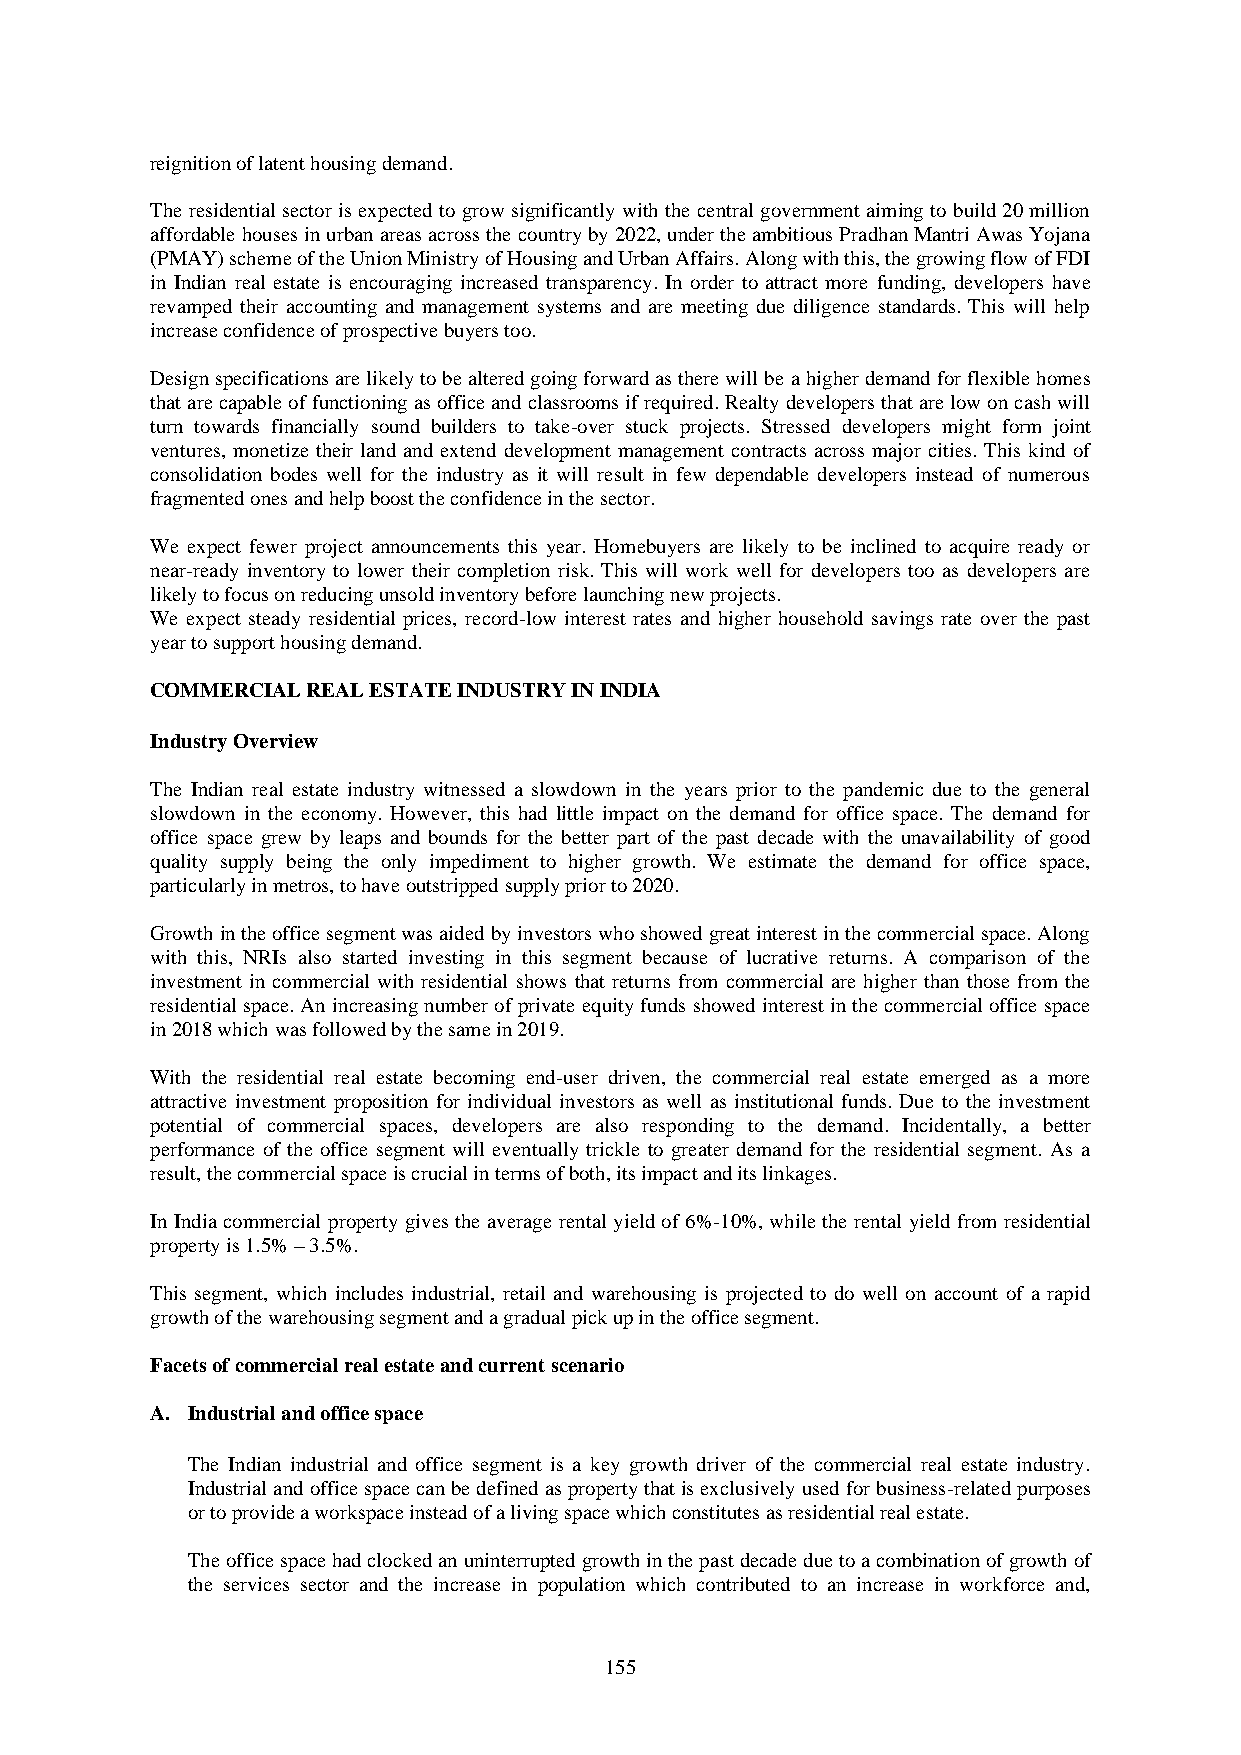
reignition of latent housing demand.
 The residential sector is expected to grow significantly with the central government aiming to build 20 million
 affordable houses in urban areas across the country by 2022, under the ambitious Pradhan Mantri Awas Yojana
 (PMAY) scheme of the Union Ministry of Housing and Urban Affairs. Along with this, the growing flow of FDI
 in Indian real estate is encouraging increased transparency. In order to attract more funding, developers have
 revamped their accounting and management systems and are meeting due diligence standards. This will help
 increase confidence of prospective buyers too.
 Design specifications are likely to be altered going forward as there will be a higher demand for flexible homes
 that are capable of functioning as office and classrooms if required. Realty developers that are low on cash will
 turn towards financially sound builders to take-over stuck projects. Stressed developers might form joint
 ventures, monetize their land and extend development management contracts across major cities. This kind of
 consolidation bodes well for the industry as it will result in few dependable developers instead of numerous
 fragmented ones and help boost the confidence in the sector.
 We expect fewer project announcements this year. Homebuyers are likely to be inclined to acquire ready or
 near-ready inventory to lower their completion risk. This will work well for developers too as developers are
 likely to focus on reducing unsold inventory before launching new projects.
 We expect steady residential prices, record-low interest rates and higher household savings rate over the past
 year to support housing demand.
 COMMERCIAL REAL ESTATE INDUSTRY IN INDIA
 Industry Overview
 The Indian real estate industry witnessed a slowdown in the years prior to the pandemic due to the general
 slowdown in the economy. However, this had little impact on the demand for office space. The demand for
 office space grew by leaps and bounds for the better part of the past decade with the unavailability of good
 quality supply being the only impediment to higher growth. We estimate the demand for office space,
 particularly in metros, to have outstripped supply prior to 2020.
 Growth in the office segment was aided by investors who showed great interest in the commercial space. Along
 with this, NRIs also started investing in this segment because of lucrative returns. A comparison of the
 investment in commercial with residential shows that returns from commercial are higher than those from the
 residential space. An increasing number of private equity funds showed interest in the commercial office space
 in 2018 which was followed by the same in 2019.
 With the residential real estate becoming end-user driven, the commercial real estate emerged as a more
 attractive investment proposition for individual investors as well as institutional funds. Due to the investment
 potential of commercial spaces, developers are also responding to the demand. Incidentally, a better
 performance of the office segment will eventually trickle to greater demand for the residential segment. As a
 result, the commercial space is crucial in terms of both, its impact and its linkages.
 In India commercial property gives the average rental yield of 6%-10%, while the rental yield from residential
 property is 1.5% – 3.5%.
 This segment, which includes industrial, retail and warehousing is projected to do well on account of a rapid
 growth of the warehousing segment and a gradual pick up in the office segment.
 Facets of commercial real estate and current scenario
 A. Industrial and office space
 The Indian industrial and office segment is a key growth driver of the commercial real estate industry.
 Industrial and office space can be defined as property that is exclusively used for business-related purposes
 or to provide a workspace instead of a living space which constitutes as residential real estate.
 The office space had clocked an uninterrupted growth in the past decade due to a combination of growth of
 the services sector and the increase in population which contributed to an increase in workforce and,
 155